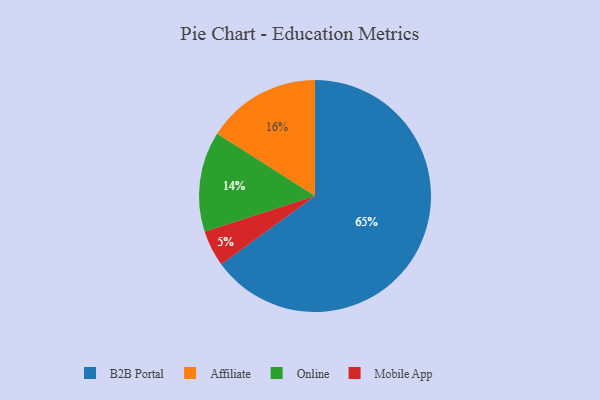
{"axis": {"x": "Category", "y": "Percentage"}, "legend": ["Affiliate", "B2B Portal", "Mobile App", "Online"], "data": [{"x": "B2B Portal", "y": 65, "type": "B2B Portal"}, {"x": "Online", "y": 14, "type": "Online"}, {"x": "Mobile App", "y": 5, "type": "Mobile App"}, {"x": "Affiliate", "y": 16, "type": "Affiliate"}]}